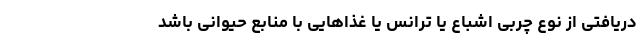
دریافتی از نوع چربی اشباع یا ترانس یا غذاهایی با منابع حیوانی باشد